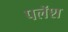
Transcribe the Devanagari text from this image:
पलॅश